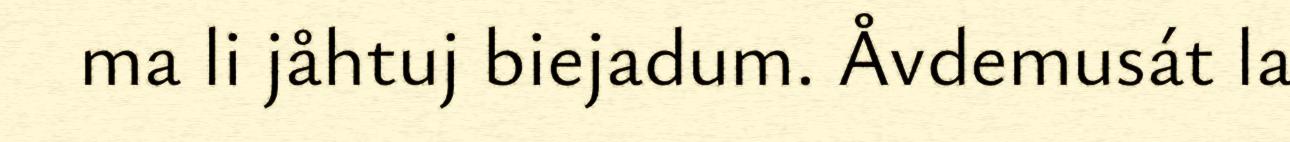
ma li jåhtuj biejadum. Åvdemusát la